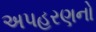
અપહરણનો